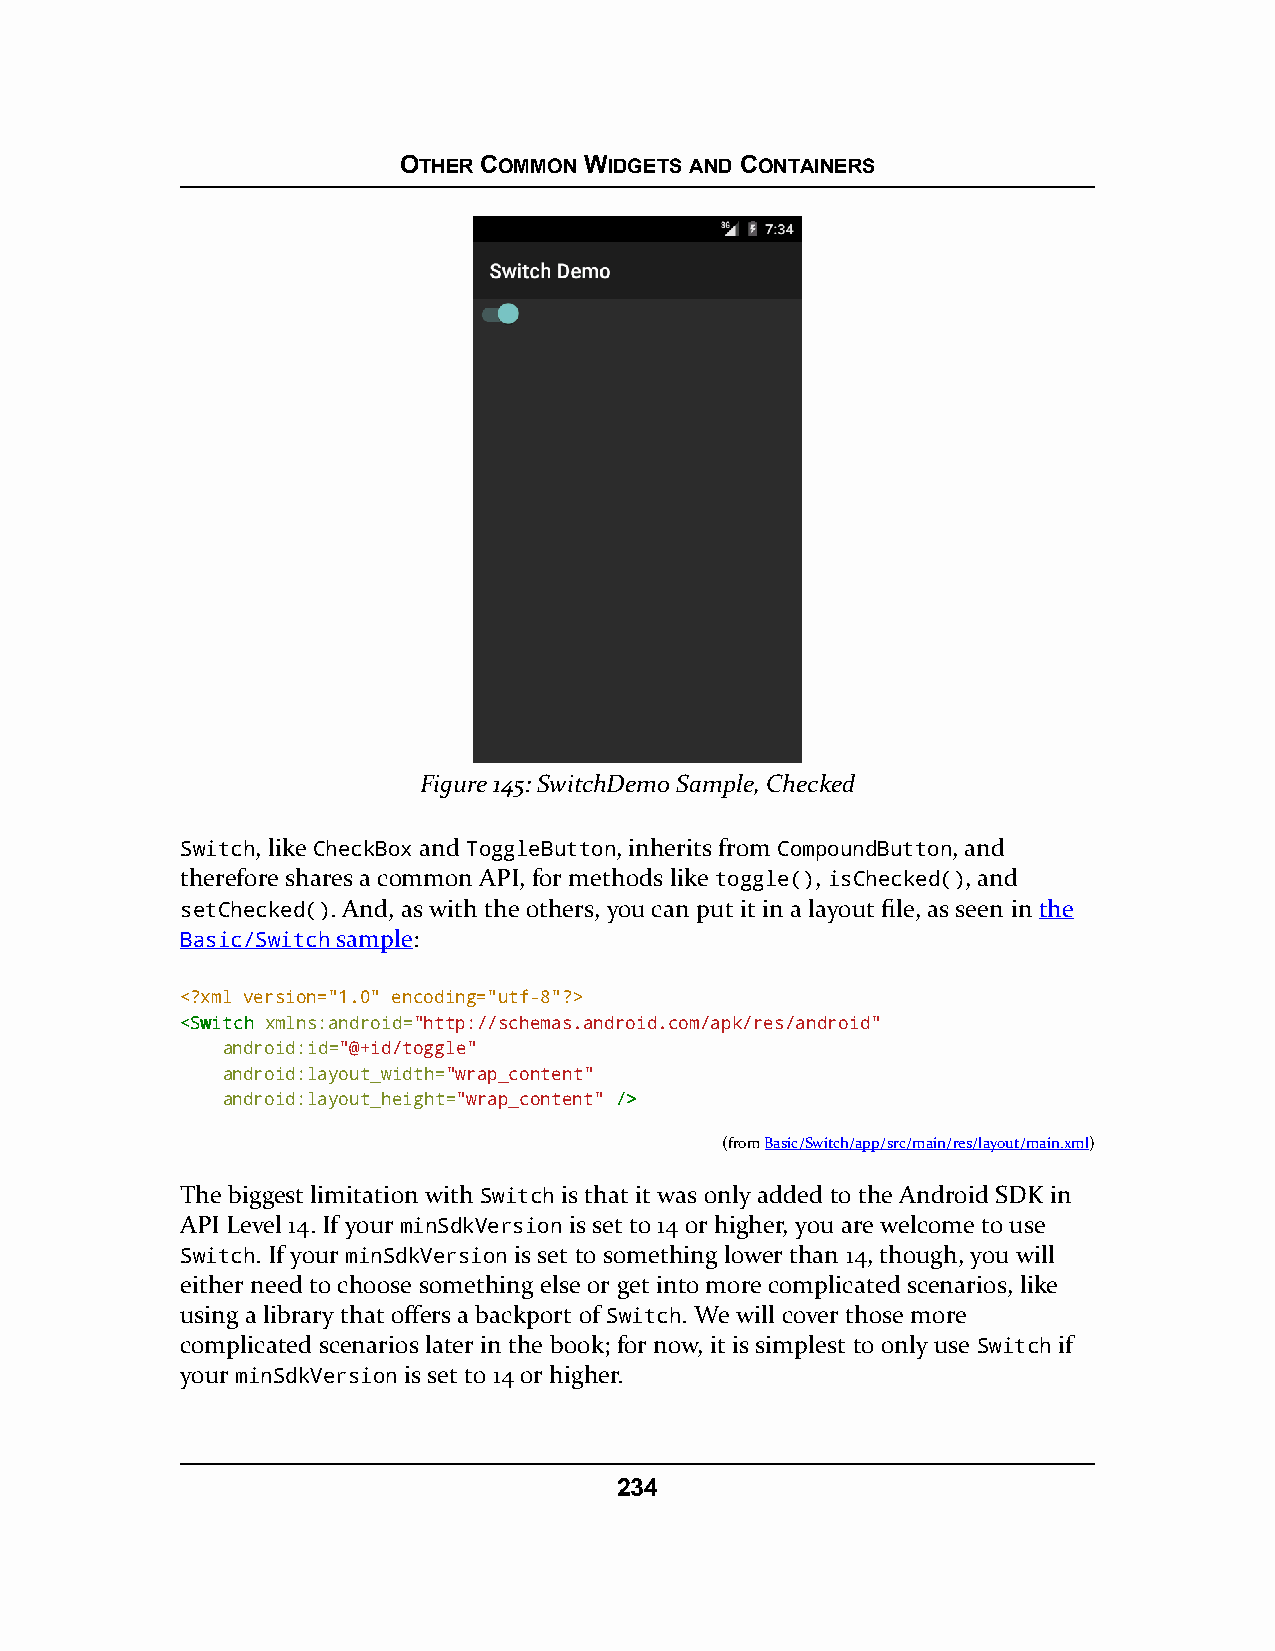
OTHER COMMON WIDGETS AND CONTAINERS
 Figure 145: SwitchDemo Sample, Checked
 Switch, like CheckBox and ToggleButton, inherits from CompoundButton, and
 therefore shares a common API, for methods like toggle(), isChecked(), and
 setChecked(). And, as with the others, you can put it in a layout file, as seen in the
 Basic/Switch sample:
 <?xml version="1.0" encoding="utf-8"?>
 <<SSwwiittcchh xmlns:android="http://schemas.android.com/apk/res/android"
 android:id="@+id/toggle"
 android:layout_width="wrap_content"
 android:layout_height="wrap_content" //>>
 (fromBasic/Switch/app/src/main/res/layout/main.xml)
 The biggest limitation with Switch is that it was only added to the Android SDK in
 API Level 14. If your minSdkVersion is set to 14 or higher, you are welcome to use
 Switch. If your minSdkVersion is set to something lower than 14, though, you will
 either need to choose something else or get into more complicated scenarios, like
 using a library that offers a backport of Switch. We will cover those more
 complicated scenarios later in the book; for now, it is simplest to only use Switch if
 your minSdkVersion is set to 14 or higher.
 234